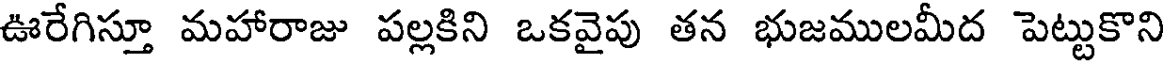
ఊరేగిస్తూ మహారాజు పల్లకిని ఒకవైపు తన భుజములమీద పెట్టుకొని